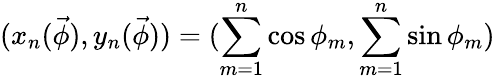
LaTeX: (x_{n}(\vec{\phi}),y_{n}(\vec{\phi}))=(\sum_{m=1}^{n}\cos\phi_{m},\sum_{m=1}^{n}\sin\phi_{m})